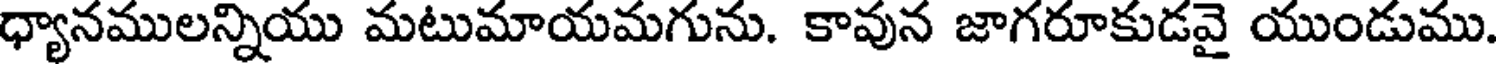
ధ్యానములన్నియు మటుమాయమగును. కావున జాగరూకుడవై యుండుము.